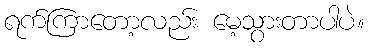
ရက်ကြာတော့လည်း မေ့သွားတာပါပဲ။